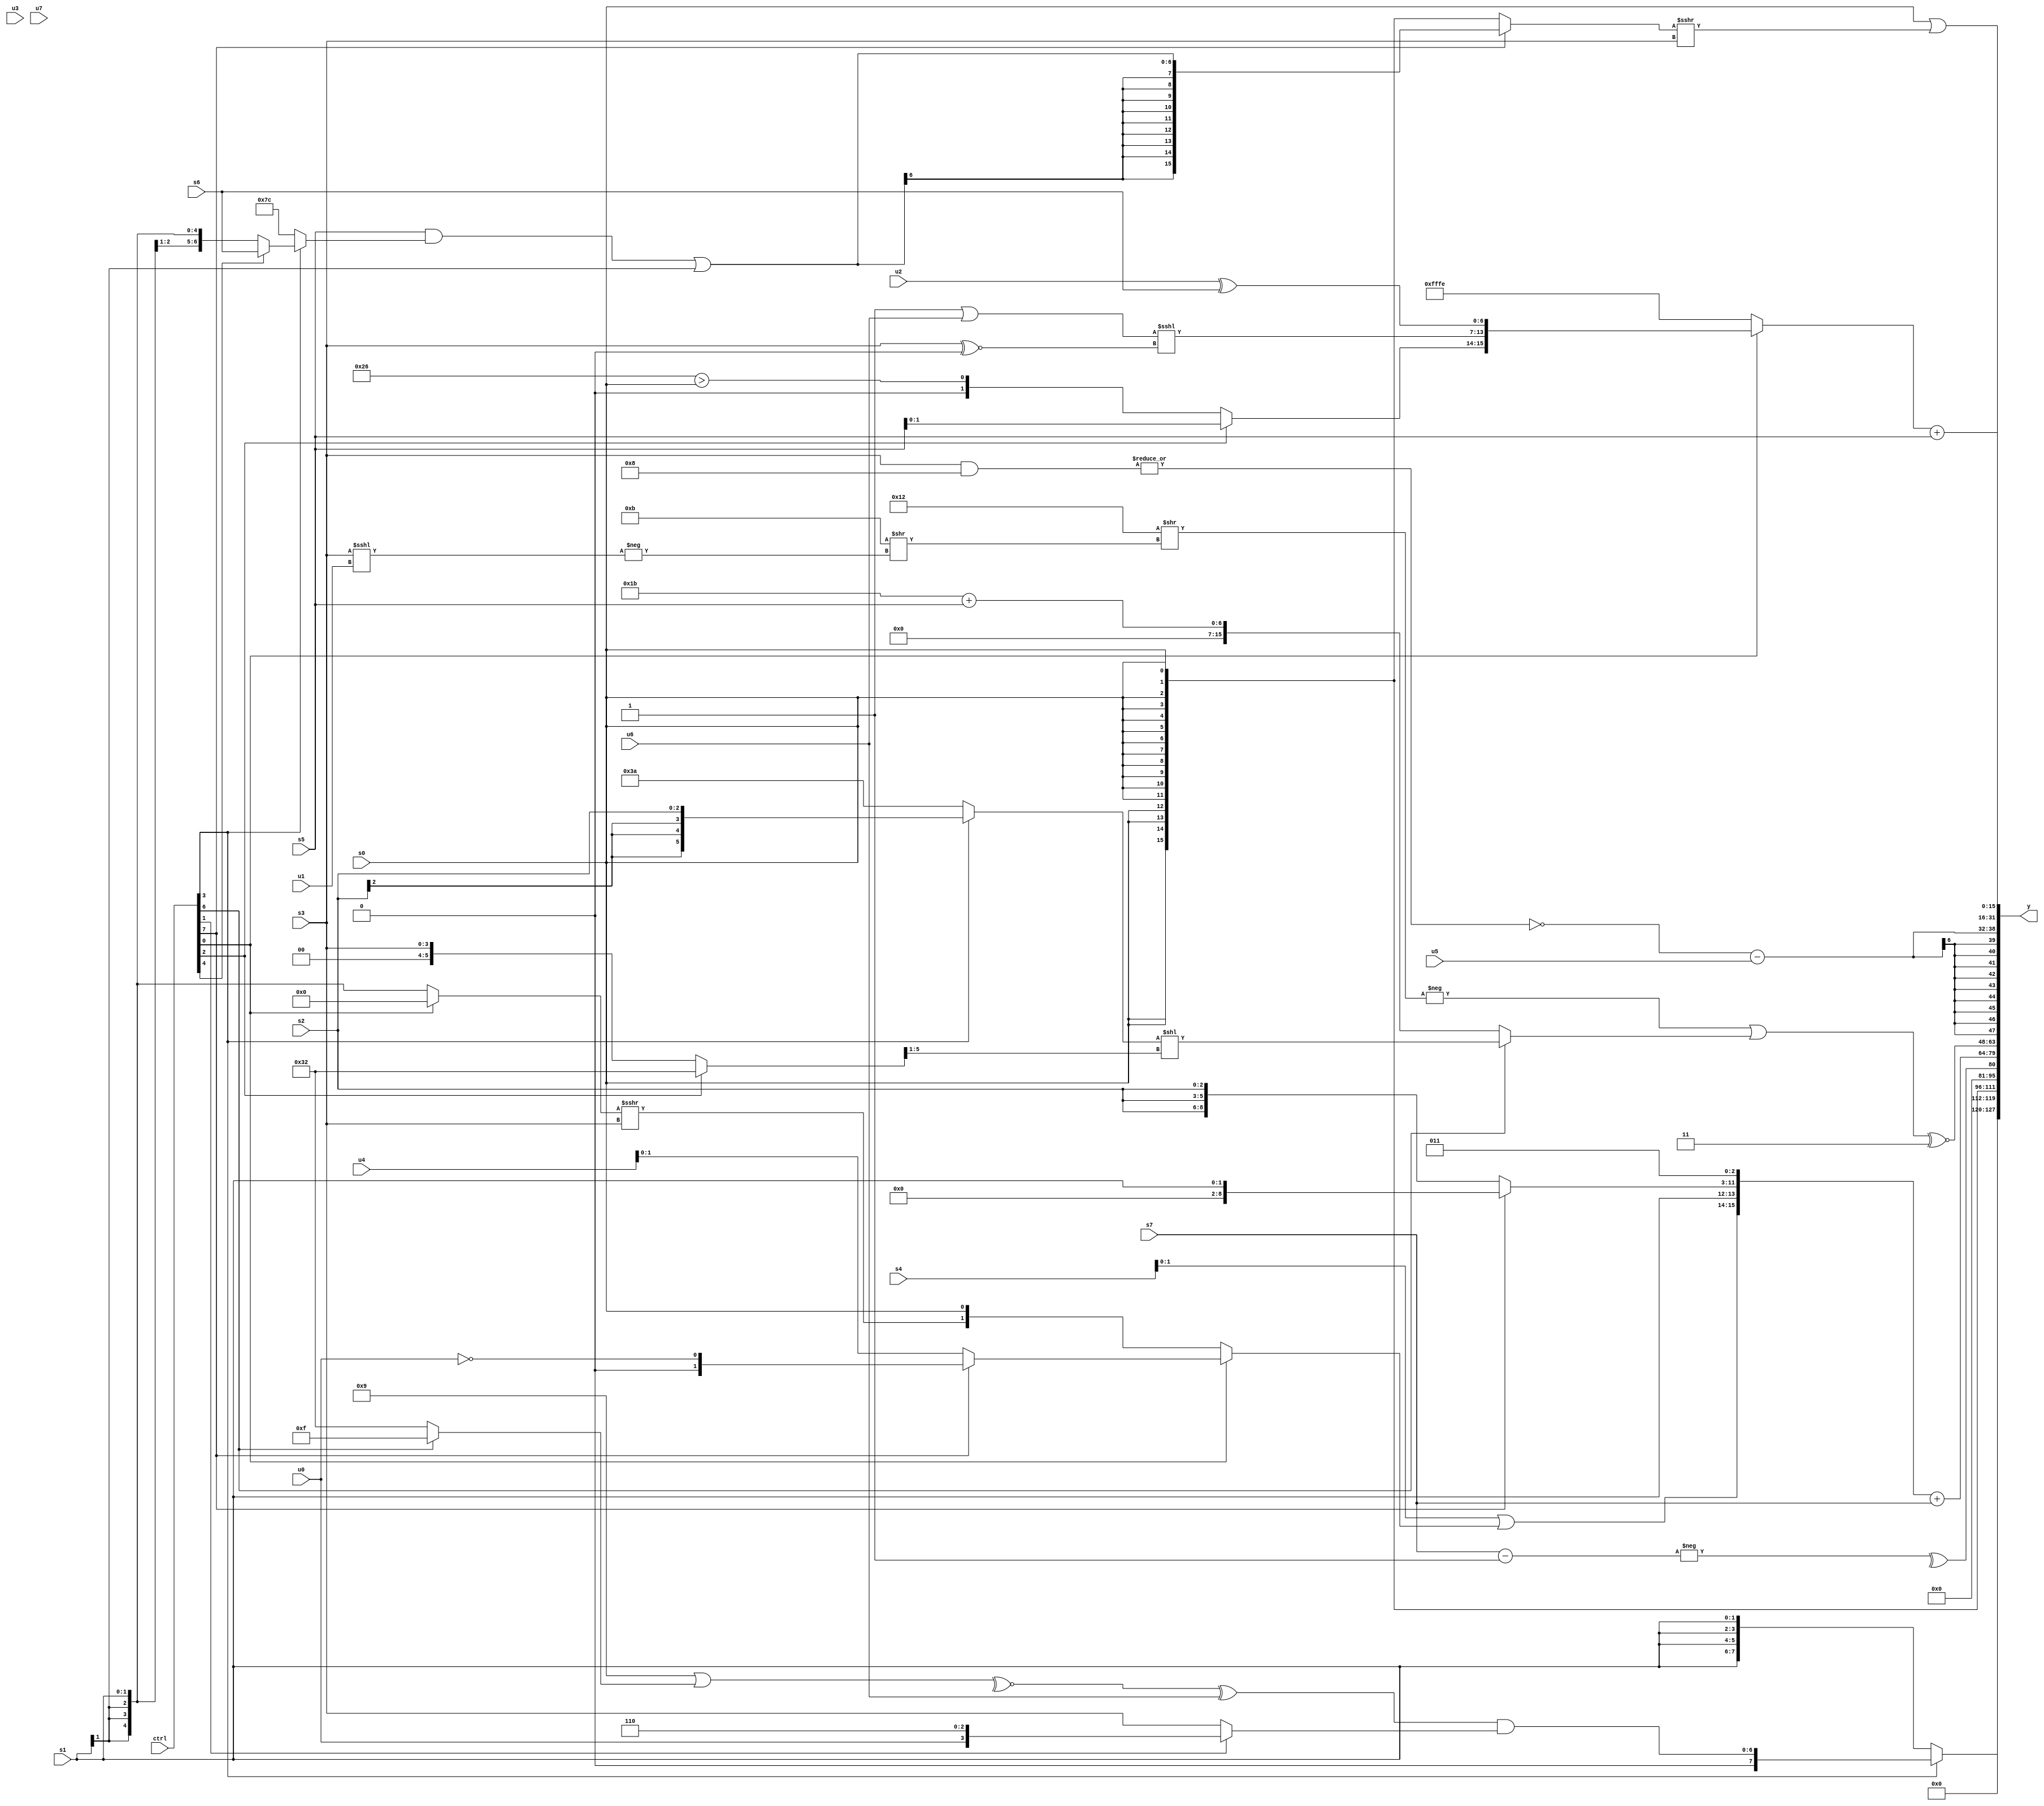
module wideexpr_00266(ctrl, u0, u1, u2, u3, u4, u5, u6, u7, s0, s1, s2, s3, s4, s5, s6, s7, y);
  input [7:0] ctrl;
  input [0:0] u0;
  input [1:0] u1;
  input [2:0] u2;
  input [3:0] u3;
  input [4:0] u4;
  input [5:0] u5;
  input [6:0] u6;
  input [7:0] u7;
  input signed [0:0] s0;
  input signed [1:0] s1;
  input signed [2:0] s2;
  input signed [3:0] s3;
  input signed [4:0] s4;
  input signed [5:0] s5;
  input signed [6:0] s6;
  input signed [7:0] s7;
  output [127:0] y;
  wire [15:0] y0;
  wire [15:0] y1;
  wire [15:0] y2;
  wire [15:0] y3;
  wire [15:0] y4;
  wire [15:0] y5;
  wire [15:0] y6;
  wire [15:0] y7;
  assign y = {y0,y1,y2,y3,y4,y5,y6,y7};
  assign y0 = (ctrl[3]?((~^($signed((+(4'sb1001))|((ctrl[6]?6'sb001111:5'sb10010)))))^(u6))&((ctrl[1]?{1{{+(+(u0)),3'sb110}}}:s3)):{4{s1}});
  assign y1 = s0;
  assign y2 = ^(-(+((s7)-((!(4'sb1100))<=((2'b11)<<<(2'sb01))))));
  assign y3 = ({((s4)>>>(3'sb000))|((ctrl[0]?(ctrl[7]?!({u0}):u4):{((ctrl[0]?5'sb00000:s1))>>>(s3),$unsigned($signed(s0))})),s1,(ctrl[7]?$unsigned(s1):{3{$signed(s2)}}),3'sb011})+(s7);
  assign y4 = ((-(({$unsigned(2'sb00),(5'sb10011)&(-(2'b10))})>>((-(5'sb00101))>>($unsigned(-($signed((s3)<<<(u1))))))))|((ctrl[6]?($signed((ctrl[3]?s2:$signed(6'sb111010))))<<((+((ctrl[2]?+($unsigned(6'sb110010)):$signed({1{s3}}))))>>(6'b000001)):(5'sb11011)+(s5))))^~(6'sb000011);
  assign y5 = (~|((s3)&(4'sb1000)))-(u5);
  assign y6 = (s0)|(((ctrl[7]?($signed((s5)&((ctrl[3]?(ctrl[4]?s6:s1):3'sb100))))|((s1)>>>(3'b101)):+(s0)))>>>(s3));
  assign y7 = $signed(((ctrl[0]?$signed($signed({$signed((u5)-(u2)),(ctrl[2]?$unsigned(s5):(6'sb100110)>(s0)),((1'b1)|(u6))<<<((s3)^~(5'sb00000)),(u2)^($signed(s6))})):+(2'sb10)))+(s5));
endmodule